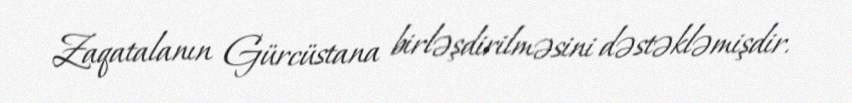
Zaqatalanın Gürcüstana birləşdirilməsini dəstəkləmişdir.